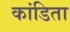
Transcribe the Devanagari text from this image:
कांडिता